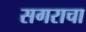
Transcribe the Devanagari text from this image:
सगराचा